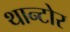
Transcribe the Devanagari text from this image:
थान्टोर